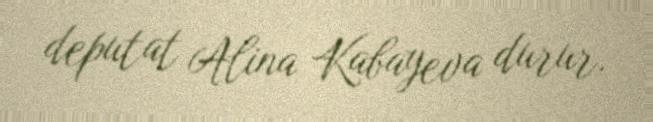
deputat Alina Kabayeva durur.